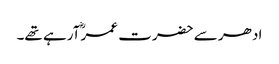
ادھر سے حضرت عمرؓ آرہے تھے۔